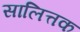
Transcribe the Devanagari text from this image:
सालित्तक